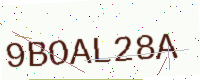
Text: 9BOAL28A